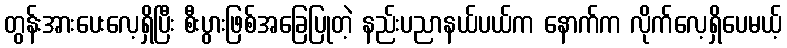
တွန်းအားပေးလေ့ရှိပြီး စီးပွားဖြစ်အခြေပြုတဲ့ နည်းပညာနယ်ပယ်က နောက်က လိုက်လေ့ရှိပေမယ့်